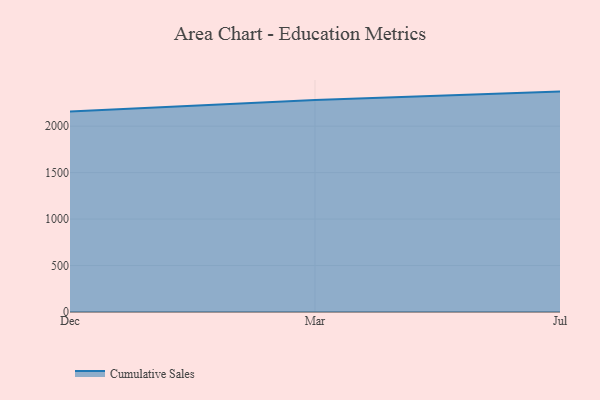
{"axis": {"x": "Month", "y": "LTV (USD)"}, "legend": ["Cumulative Sales"], "data": [{"x": "Dec", "y": 2158.6, "type": "Cumulative Sales"}, {"x": "Mar", "y": 2280.8, "type": "Cumulative Sales"}, {"x": "Jul", "y": 2371.8, "type": "Cumulative Sales"}]}